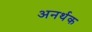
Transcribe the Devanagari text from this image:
अनर्थक